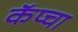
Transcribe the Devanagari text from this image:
कॅप्चा